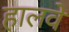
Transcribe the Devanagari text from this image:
हालवे